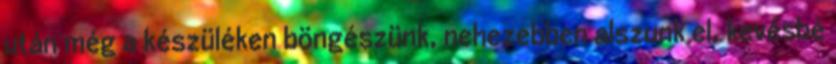
után még a készüléken böngészünk, nehezebben alszunk el, kevésbé